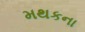
મથકના